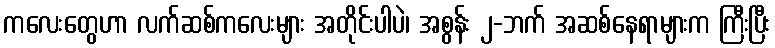
ကလေးတွေဟာ လက်ဆစ်ကလေးများ အတိုင်းပါပဲ၊ အစွန်း ၂-ဘက် အဆစ်နေရာများက ကြီးပြီး